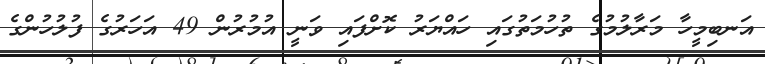
އަނބިމީހާ މަރާލުމުގެ ތުހުމަތުގައި ހައްޔަރު ކޮށްފައި ވަނީ އުމުރުން 49 އަހަރުގެ ފުލުހުންގެ